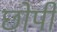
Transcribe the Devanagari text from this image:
छोपी